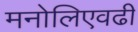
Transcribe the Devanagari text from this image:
मनोलिएवढी